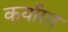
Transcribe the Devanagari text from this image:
कर्यारत